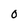
Character: O